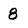
Character: 8